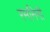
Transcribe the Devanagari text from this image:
रमनिनी